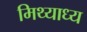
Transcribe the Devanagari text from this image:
मिथ्याध्य